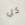
كل